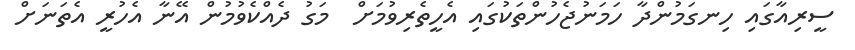
ސީރިއާގައި ހިނގަމުންދާ ހަމަނުޖެހުންތަކުގައި އެހީތެރިވުމަށް  މަގު ދެއްކެވުމުން އޭނާ އެހުރީ އެތަނަށް